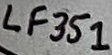
Text: LF351